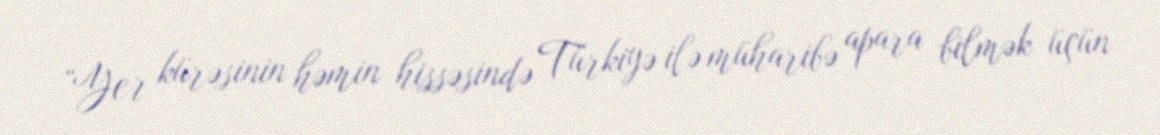
“Yer kürəsinin həmin hissəsində Türkiyə ilə müharibə apara bilmək üçün